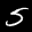
Label: 5